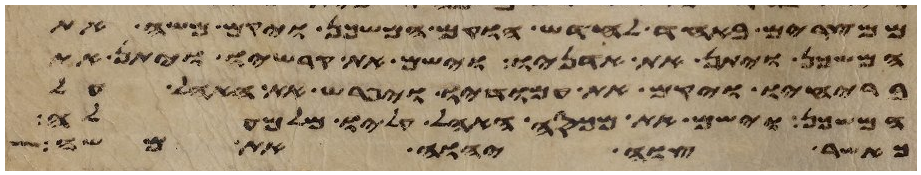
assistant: ממצרים באחד לחדש הוקם המשכן ויקם משה את
המשכן ויתן את אדניו וישם את קרשיו ויתן את
בריחיו ויקם את עמודיו ויפרש את האהל על
המשכן וישם את מכסה האהל עליו מלמעלה
אשר צוה יהוה את משה